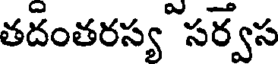
తదంతరస్య సర్వస